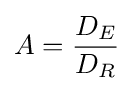
A={\frac {D_{E}}{D_{R}}}